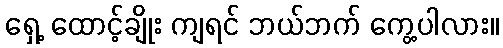
ရှေ့ ထောင့်ချိုး ကျရင် ဘယ်ဘက် ကွေ့ပါလား။